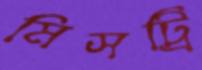
মিসট্রি